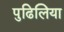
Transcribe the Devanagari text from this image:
पुढिलिया